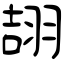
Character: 翓